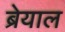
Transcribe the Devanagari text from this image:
ब्रेयाल